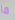
ما